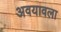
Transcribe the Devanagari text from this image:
अवयावला